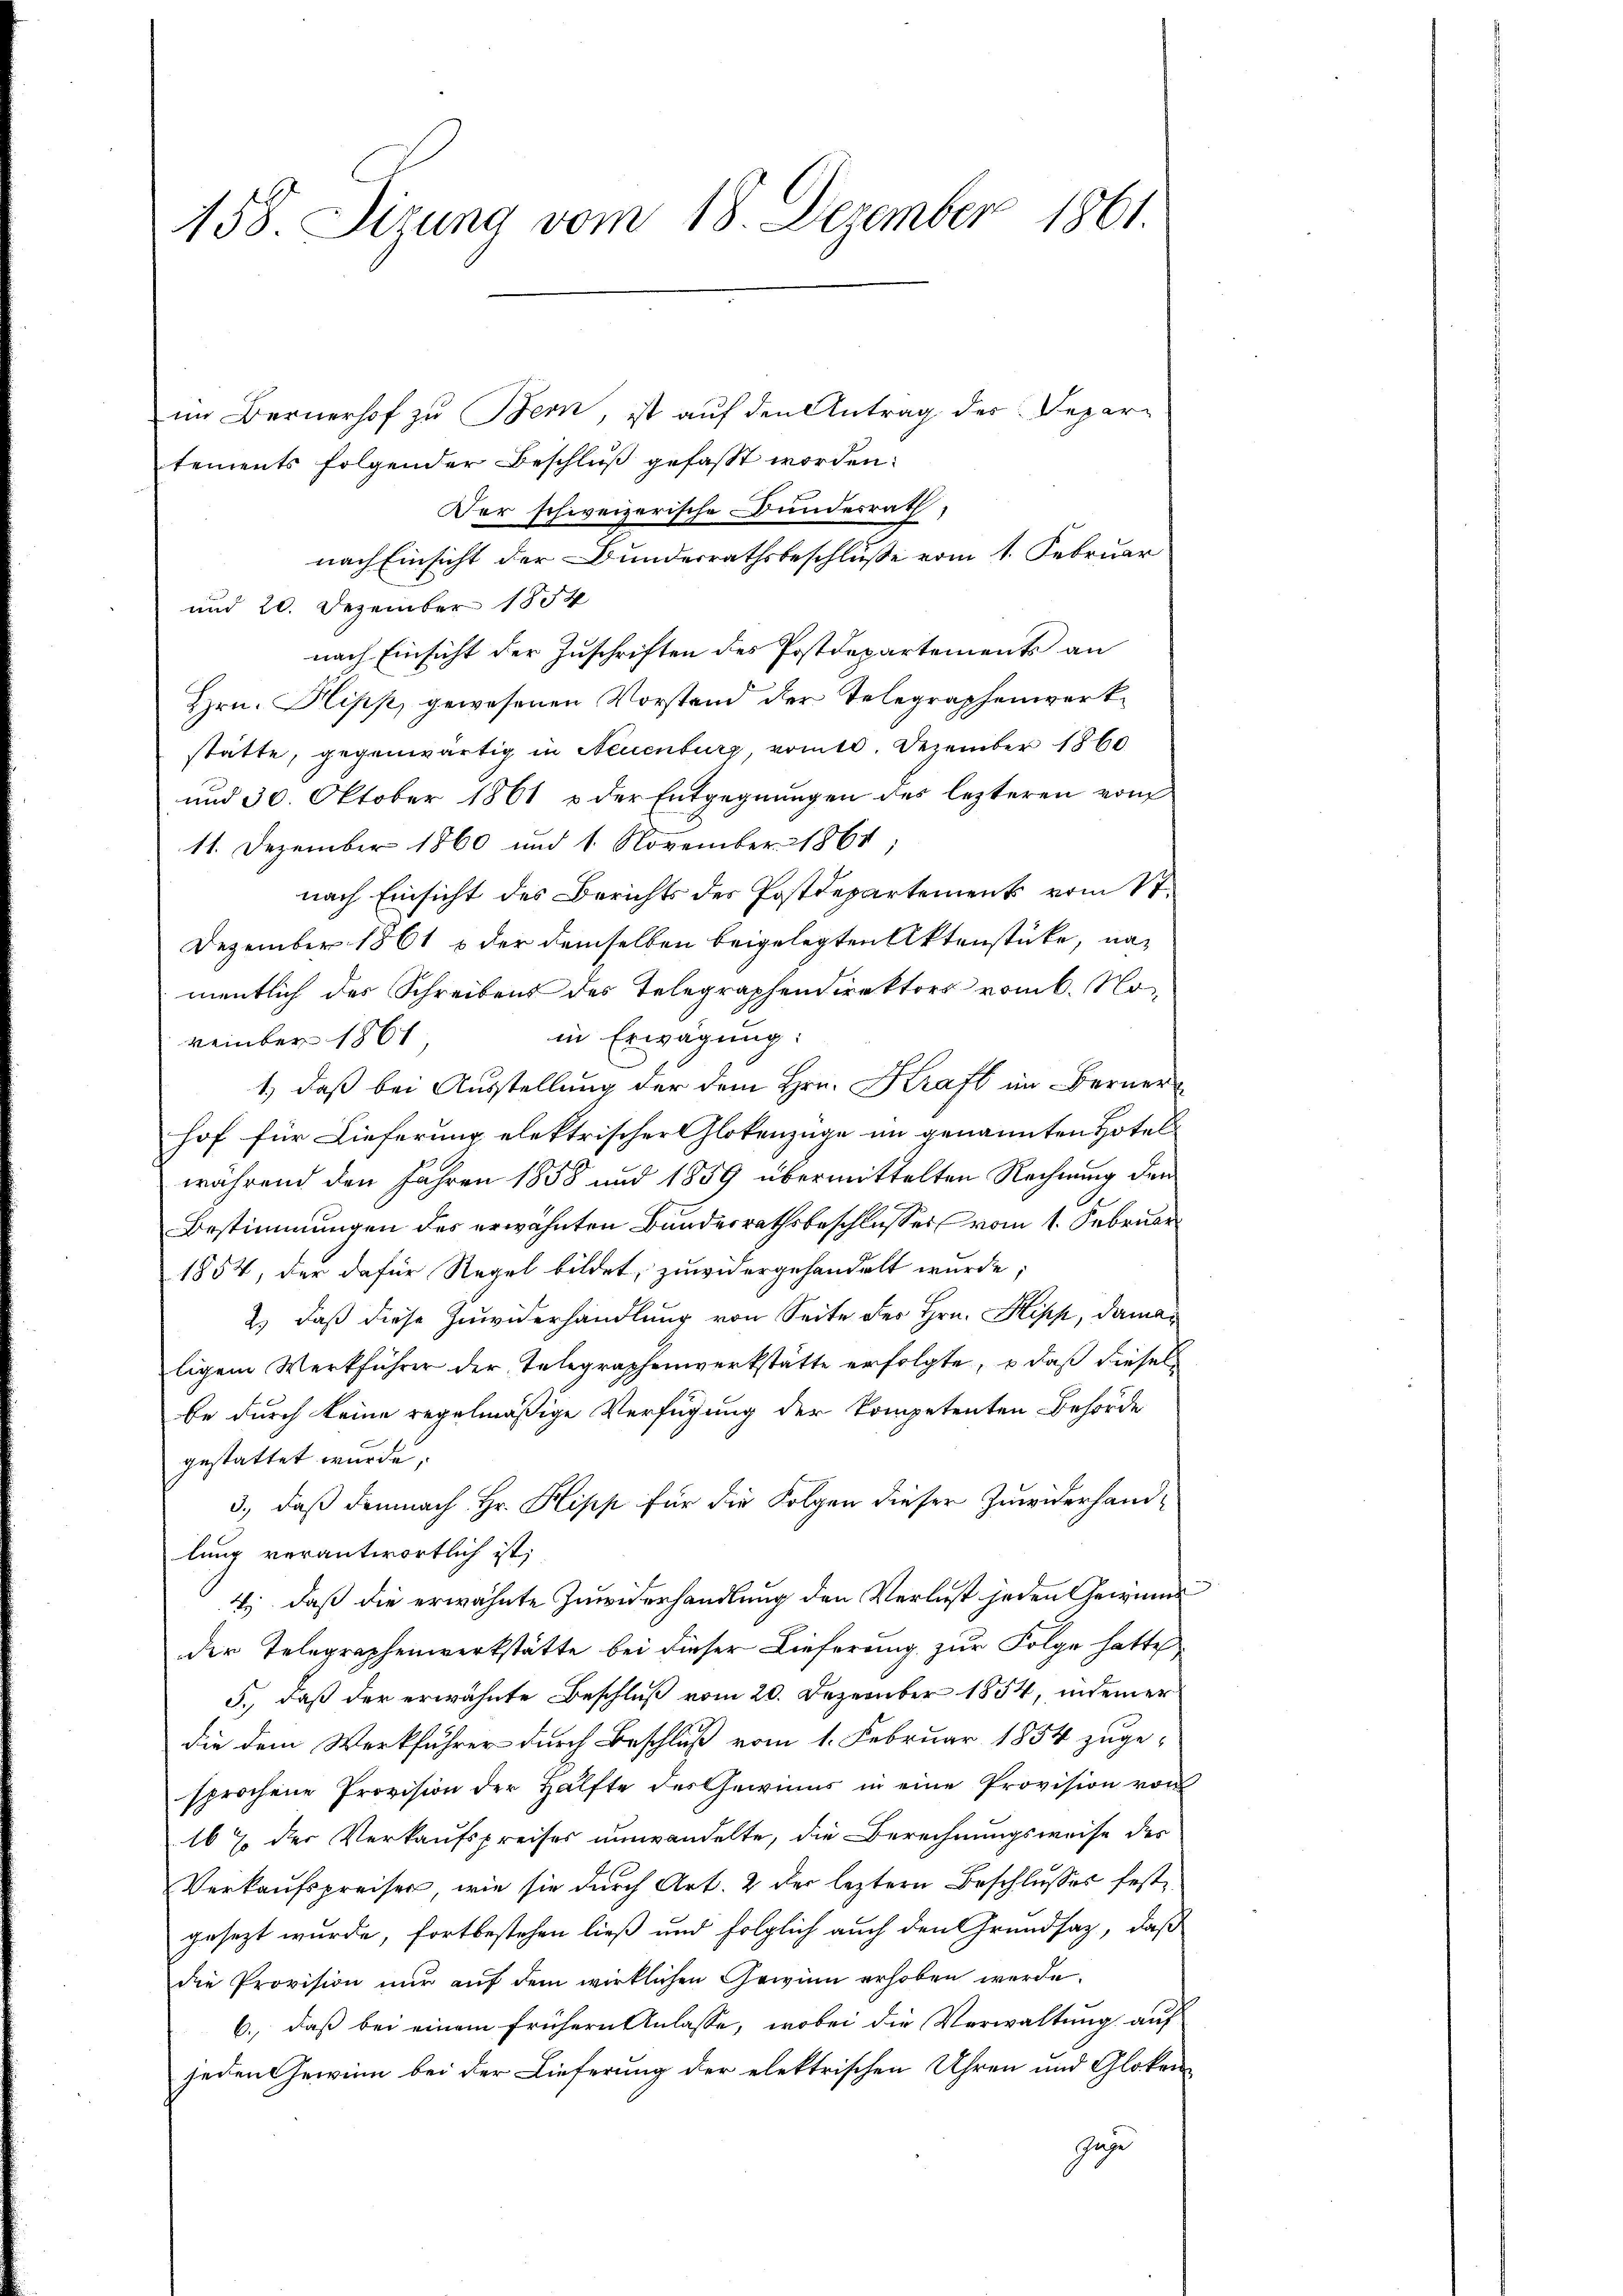
158. Sizung vom 18. Dezember 1861.

im Bernerhof zu Bern, ist auf den Antrag der Departements folgender Beschluß gefasst worden.
Der schweizerische Bundesrath,
nach Einsicht der Bundesrathsbeschluße vom 1. Februar
und 20. Dezember 1854
nach Einsicht der Zuschriften des Postdepartements an
Hrn. Plipp, gewesenen Vorstand der Telegraphenwerkstatte, gegenwärtig in Neuenburg, vom 10. Dezember 1860
und 30. Oktober 1861 u. der Entgegnungen des lezteren vom
11. Dezember 1860 und 1. November 1861;
nach Einsicht des Berichts des Postdepartement vom St.
Dezember 1861 & der demselben beigelegten Aktenstücke, nac
mentlich des Schreibens des Telegraphendirektors vom 6. Noin Erwägung:
vember 186
1.) daß bei Ausstellung der dem Hrn. Kraft im Berner
hof für Lieferung elektrischer Glokenzüge im genannten Hotel
während den Jahren 1858 und 1859 übermittelten Rechnung den
Bestimmungen des erwähnten Bundesrathsbeschlusses vom 1. Februar
1854, der dafür Regel bildet, zuwidergehandelt wurde;
2.) daß diese Zuwiderhandlung von Seite des Hrn. Stipp, damaligem Werkführer der Telegraphenwerkstätte erfolgte, o daß diesel
be durch keine regelmäßige Verfügung der kompetenten Behörde
gestattet wurde.
3.) daß demnach Hr. Hipp für die Folgen dieser Zuwiderhandlung verantwortlich ist;
4) daß die erwähnte Zuwiderhandlung den Verlust jeden Gewinne
der Telegraphenwerkstätte bei dieser Lieferung zur Folge hatte
5., daß der erwähnte Beschluß vom 20. Dezember 1854, indemer
die dem Werkführer durch Beschluß vom 1. Februar 1854 zuge-
sprochene Provision der Hälfte des Gewinns in eine Provision von
167 der Verkaufspreises umwandelte, die Berechnungsweise des
Verkaufspreiser, wie sie durch Art. 2 der leztern Beschlusses festgesezt wurde, fortbestehen ließ und folglich auch den Grundsaz, daß
die Provision nŭr aŭf dem wirklichen Gewinn erhoben werde.
6., daß bei einem frühern Anlasse, wobei die Verwaltung auf
jeden Gewinn bei der Lieferung der elektrischen Uhren und Gloken-
Gege